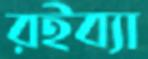
রইব্যা